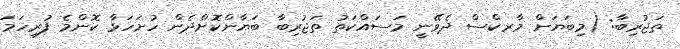
ތަޖުރިބާ: (މިބަޔަށް މާރކްސް ދެވޭނީ މަސައްކަތު ތަޖުރިބާ ބަޔާންކޮށްދެން ހުށަހަޅާ ކޮންމެ ފުރިހަމަ